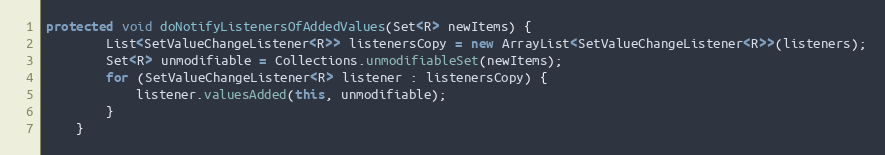
Language: Java
protected void doNotifyListenersOfAddedValues(Set<R> newItems) {
        List<SetValueChangeListener<R>> listenersCopy = new ArrayList<SetValueChangeListener<R>>(listeners);
        Set<R> unmodifiable = Collections.unmodifiableSet(newItems);
        for (SetValueChangeListener<R> listener : listenersCopy) {
            listener.valuesAdded(this, unmodifiable);
        }
    }